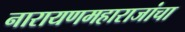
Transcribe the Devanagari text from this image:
नारायणमहाराजांचा